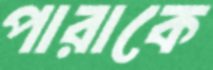
পারাকে